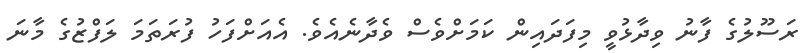
ރަސޫލުގެ ފާނު ވިދާޅުވީ މިފަދައިން ކަމަށްވެސް ވެދާނެއެވެ. އެއަށްފަހު ފުރަތަމަ ލަފްޒުގެ މާނަ